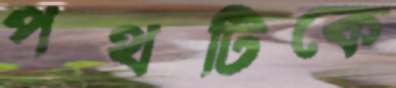
পথটিকে